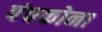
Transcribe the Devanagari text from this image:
पंचकोना